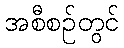
အစီစဉ်တွင်